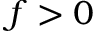
f > 0